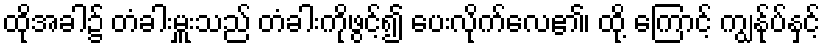
ထိုအခါ၌ တံခါးမှူးသည် တံခါးကိုဖွင့်၍ ပေးလိုက်လေ၏၊ ထို့ ကြောင့် ကျွန်ုပ်နှင့်